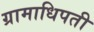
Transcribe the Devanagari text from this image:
ग्रामाधिपती